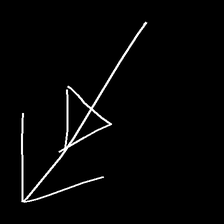
Glyph: pull